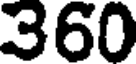
360